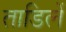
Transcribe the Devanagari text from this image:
ताडिलें